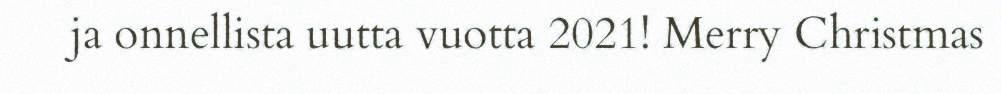
ja onnellista uutta vuotta 2021!​ Merry Christmas